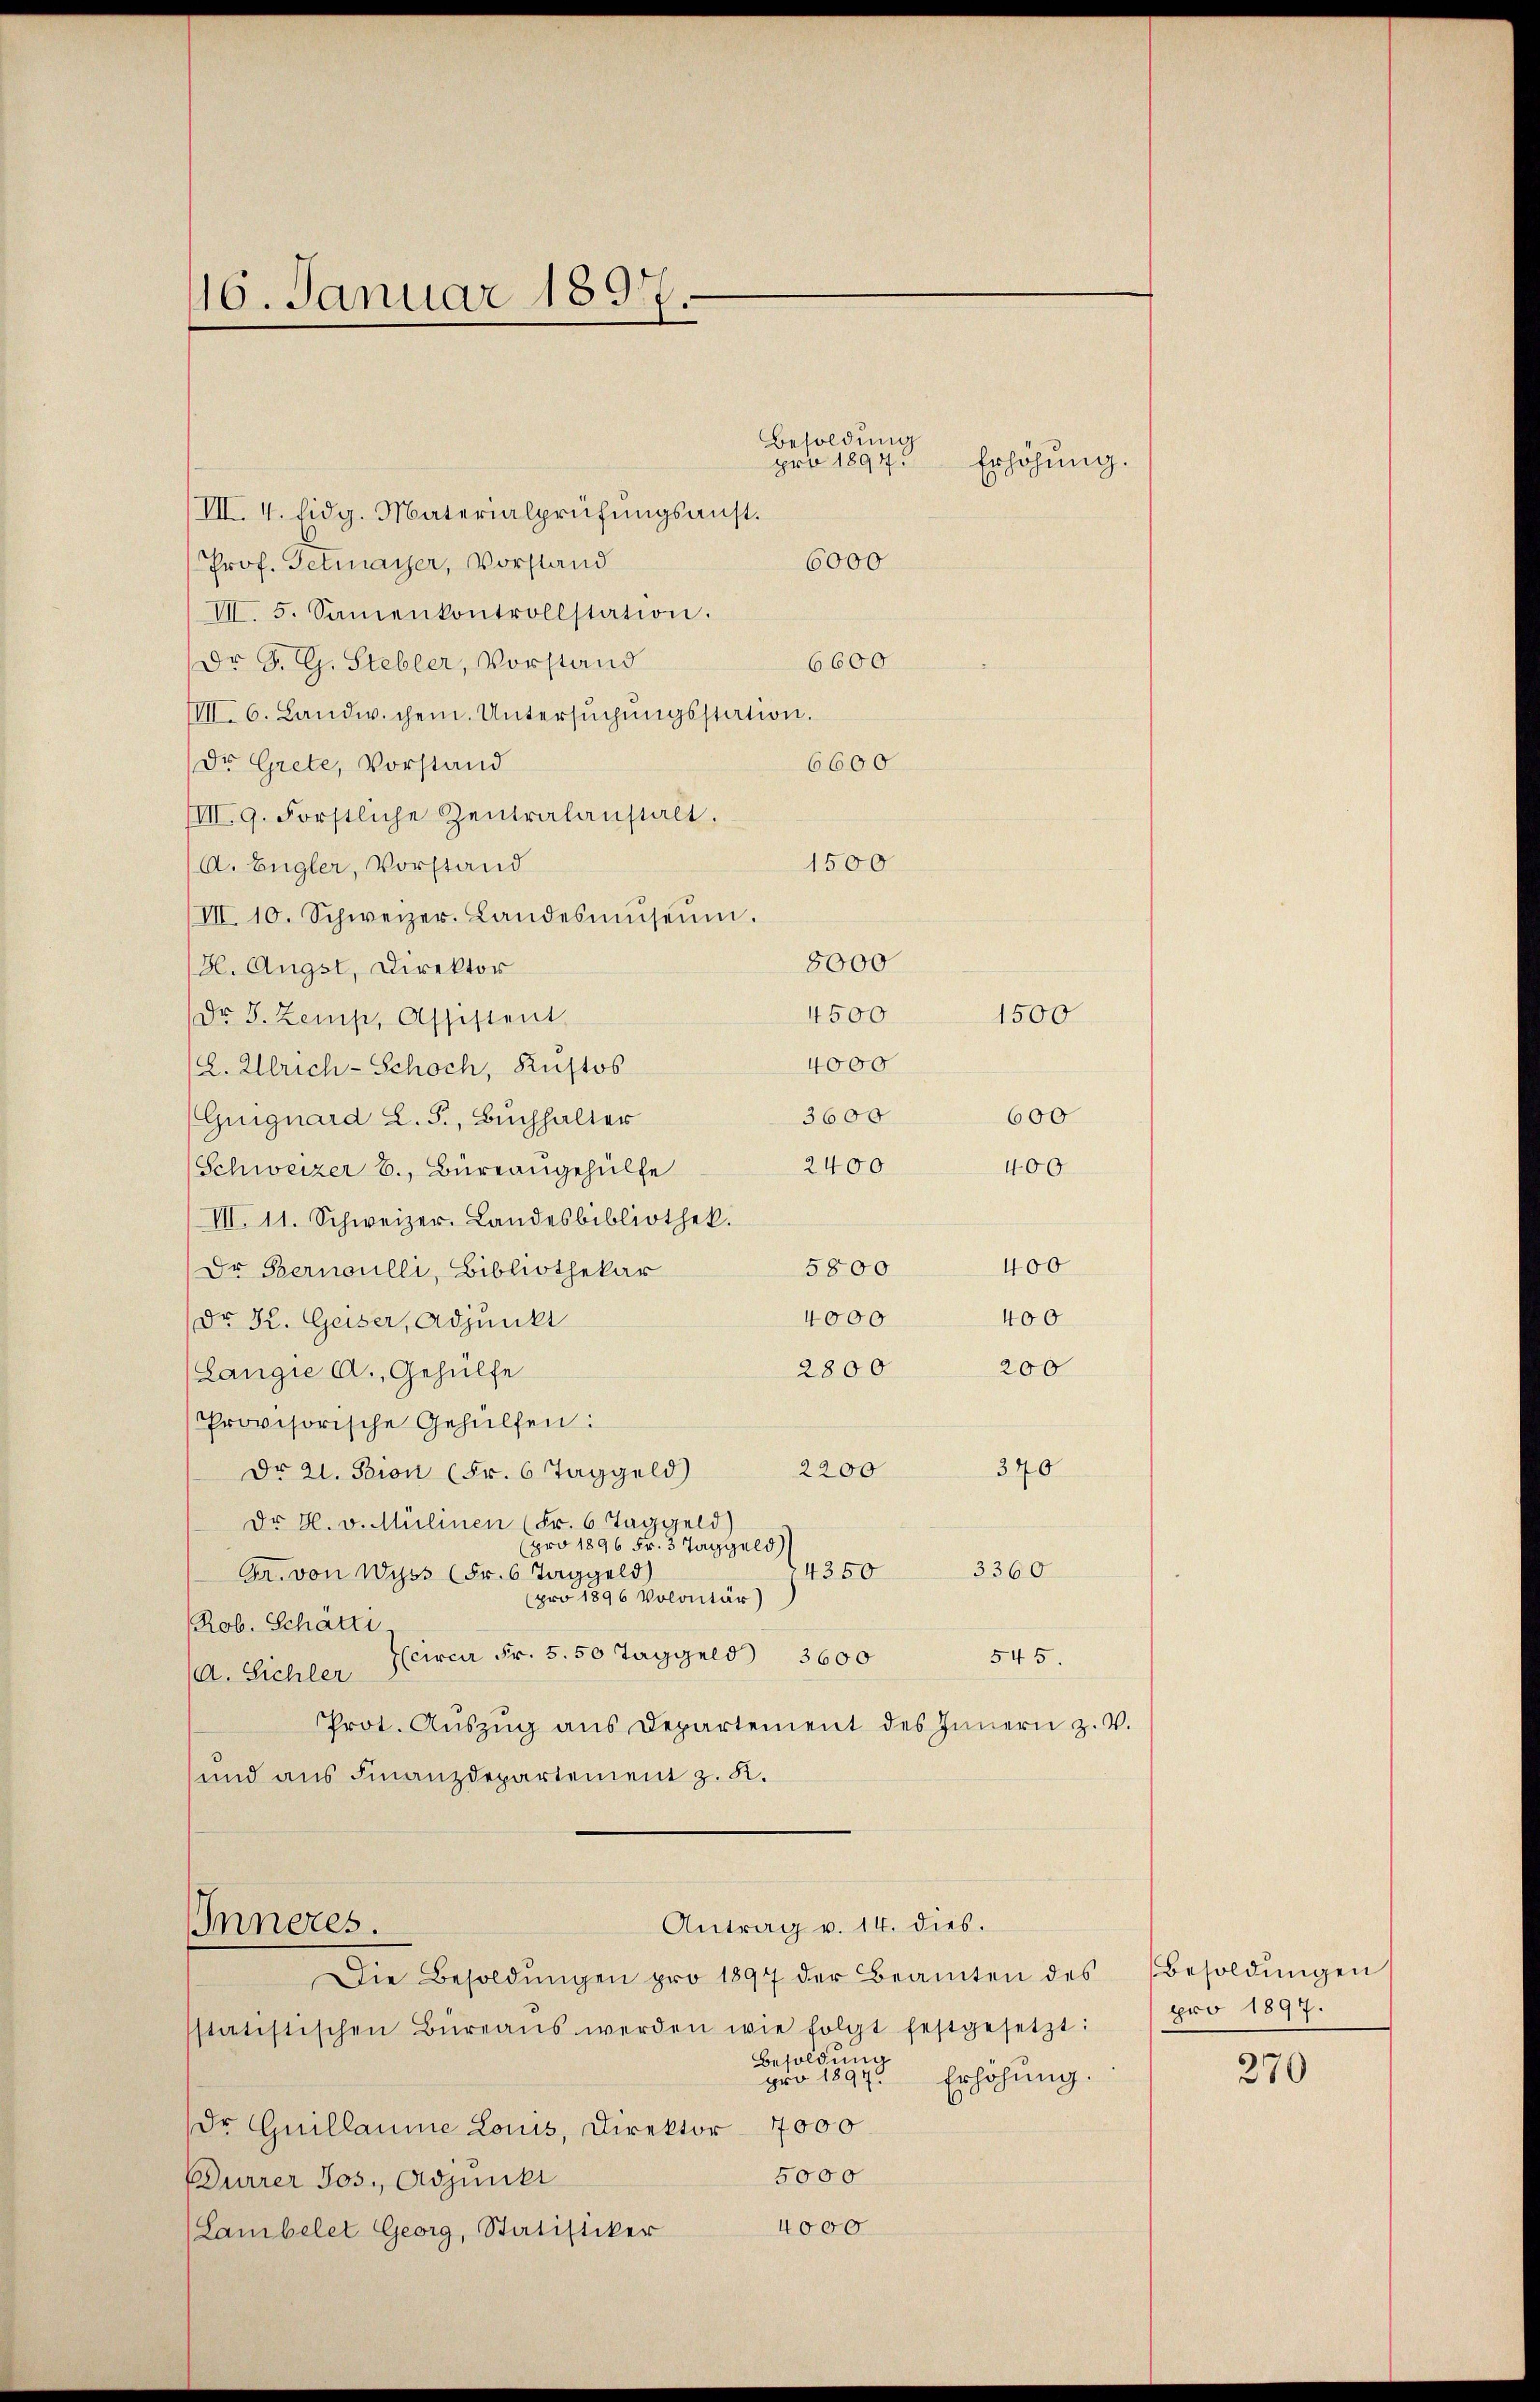
16. Januar 1891

/III. 4. Eidg. Materialprüfŭngsanst.
Prof. Tetmayer, Vorstand
6000
VII. 5. Samenkontrollstation.
6600
Dr. S. G. Stebler, Vorstand
IIII 6. Landw. chem. Untersŭchŭngsstation.
Dr. Grete, Vorstand
6600
IIII. 9. Förstliche Zentralanstalt.
1500
A. Engler, Vorstand
III 10. Schweizer. Landesmŭseŭm.
8000
H. Angst, Direktor
4500
Dr. J. Zemp, Assistent
4000
(. Ulrich-Schoch, Kustos
3600
(Griguard L. S., Buchhalter
2400
400
(Schweizer B., Büreaugehülfe
III. 11. Schweizer. Landesbibliothek.
400
5800
Dr Bernoulli, Bibliothekar
4000
400
Dr K. Geiser, Adjunkt
2800 200
Langie A., Gehülfe
Provisorische Gehülfen:
370
2200
Dr 21. Seien (Fr. 6 Taggeld)
Dr H. v. Mülinen (Fr. 6 Taggeld)
pro 1896 Fr. 3 Taggeld
3360
4350
Gr. von Wyss (Fr. 6 Taggeld)
pro 1896 Volontär)
Rob. Schatti
(circa Fr. 5. 50 Taggeld 3600
545.
A. Sichler
Prot. Aŭszŭg ans Departement des Innern z. V.
und aus Finanzdepartement z. K.
Antrag v. 14. dies.
Inneres.
Die Besoldŭngen pro 1897 der Beamten des Besoldŭngen
sstatistischen Büreaŭs werden wie folgt festgesetzt:
Besoldung
pro 1897. Erhöhung.
Dr Guillaume Louis, Direktor 7000
5000
Durrer Jos., Adjunkt
4000
(Lambelet Georg, Statisicker

Besoldung
pro 1897.

1500
600

Erhöhung.

pro 1897.

270